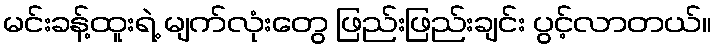
မင်းခန့်ထူးရဲ့ မျက်လုံးတွေ ဖြည်းဖြည်းချင်း ပွင့်လာတယ်။